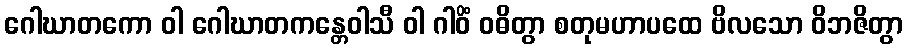
ဂေါဃာတကော ဝါ ဂေါဃာတကန္တေဝါသီ ဝါ ဂါဝိံ ဝဓိတွာ စတုမဟာပထေ ဗိလသော ဝိဘဇိတွာ